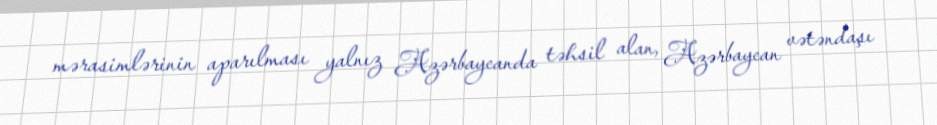
mərasimlərinin aparılması yalnız Azərbaycanda təhsil alan, Azərbaycan vətəndaşı